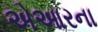
એઆરના